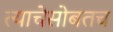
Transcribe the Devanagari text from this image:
त्याचेसोबतच